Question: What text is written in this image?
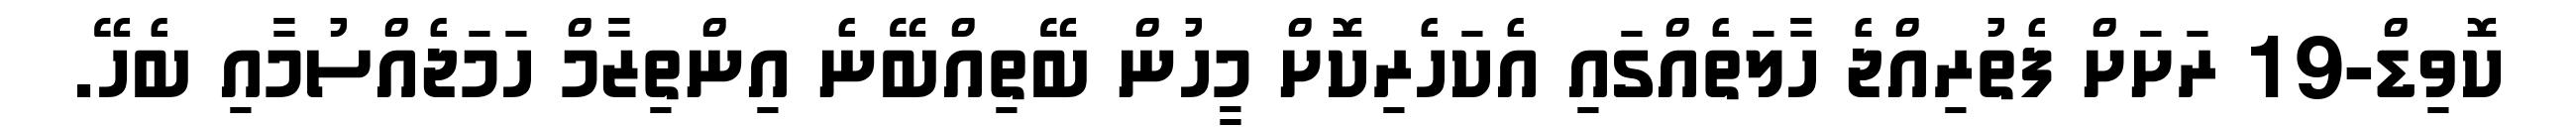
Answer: ކޮވިޑް-19 ރަށަށް ފެތުރިއްޖެ ހާލަތެއްގައި އެކަހެރިކޮށް މީހުން ބޭތިއްބޭނެ އިންތިޒާމް ހަމަޖެއްސުމާއި ބެހޭ.